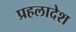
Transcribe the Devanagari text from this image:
प्रहलादेश